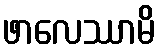
ဖာလေဿာမိ